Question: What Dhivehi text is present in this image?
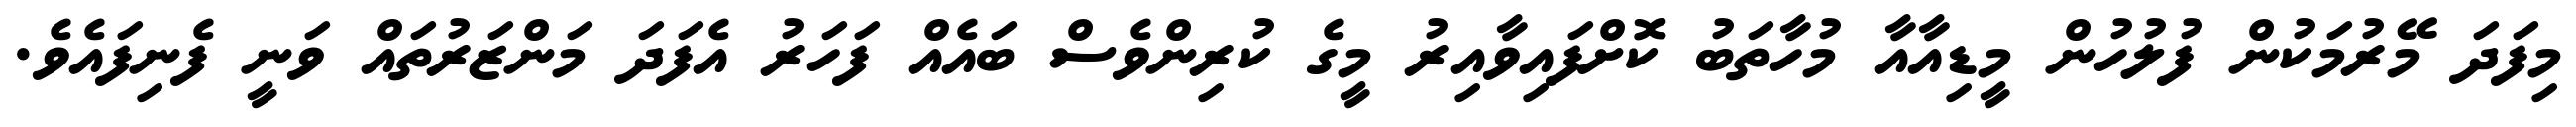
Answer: މިފަދަ މޭރުމަކުން ފުލުހުން މީޑިއާއާ މުހާތަބު ކޮށްފައިވާއިރު މީގެ ކުރިންވެސް ބައެއް ފަހަރު އެފަދަ މަންޒަރުތައް ވަނީ ފެނިފައެވެ.